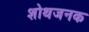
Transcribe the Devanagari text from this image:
शोथजनक